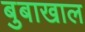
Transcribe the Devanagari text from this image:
बुबाखाल